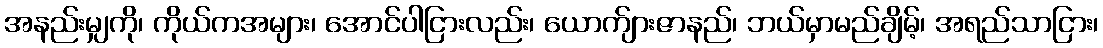
အနည်းမျှကို၊ ကိုယ်ကအများ၊ အောင်ပါငြားလည်း၊ ယောက်ျားဇာနည်၊ ဘယ်မှာမည်ချိမ့်၊ အရည်သာငြား၊